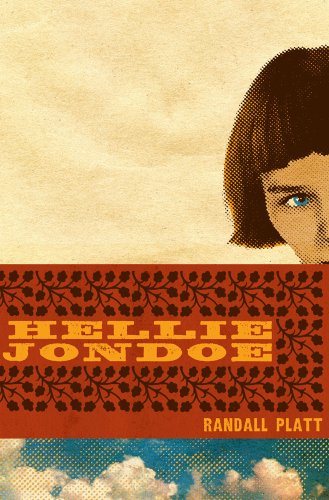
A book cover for Hellie Jondoe; Randall Platt; Teen & Young Adult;